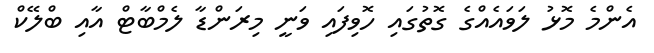
އެންމެ މޮޅު ލަވައެއްގެ ގޮތުގައި ހޮވިފައި ވަނީ މިރަންޑާ ލެމްބާޓް އާއި ބްލޭކް